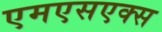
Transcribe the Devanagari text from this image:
एमएसएक्स